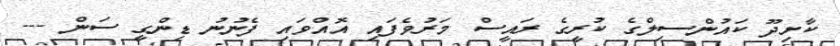
ކާށިދޫ ކައުންސިލްގެ ކުރީގެ ރައީސް މަރުވެފައި އޮއްވައި ފެނުނު ޑިންގީ ސަން ---